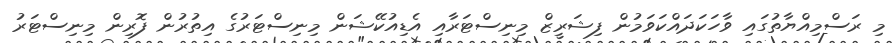
މި ރަސްމިއްޔާތުގައި ވާހަކަދައްކަވަމުން ފިޝަރީޒް މިނިސްޓަރާއި އެޑިއުކޭޝަން މިނިސްޓަރުގެ އިތުރުން ފޮރިން މިނިސްޓަރު